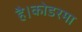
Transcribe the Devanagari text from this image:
है।कोडरमा